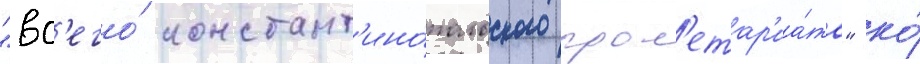
"вс'его́ констант'ино́польского прол'етар'иа́та" ко́